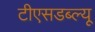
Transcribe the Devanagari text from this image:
टीएसडब्ल्यू